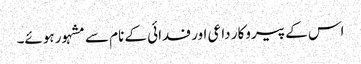
اس کے پیروکار داعی اور فدائی کے نام سے مشہور ہوئے۔